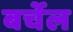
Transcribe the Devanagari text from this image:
बर्चेल